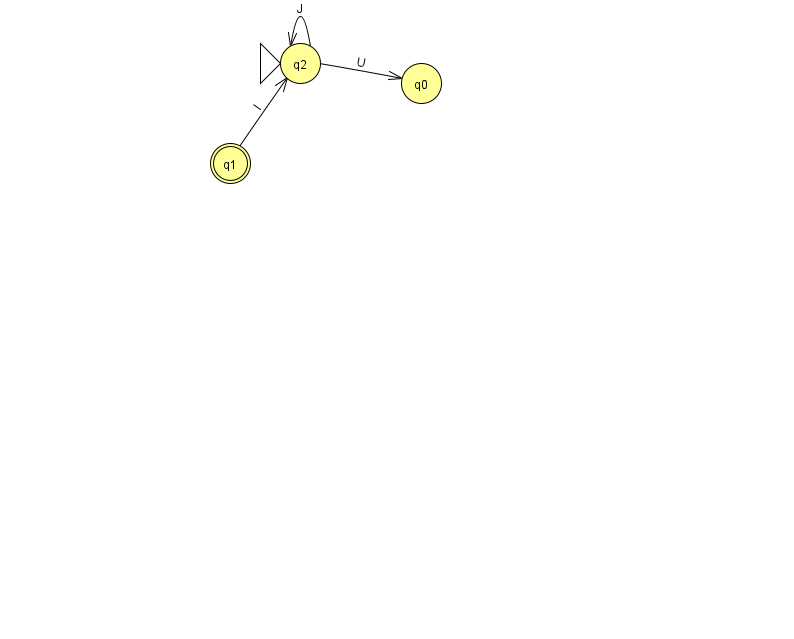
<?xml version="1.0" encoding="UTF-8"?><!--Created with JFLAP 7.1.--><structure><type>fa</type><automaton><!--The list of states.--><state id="0" name="q0"><x>421.0</x><y>70.0</y></state><state id="1" name="q1"><x>230.0</x><y>150.0</y><final/></state><state id="2" name="q2"><x>300.0</x><y>50.0</y><initial/></state><!--The list of transitions.--><transition><from>1</from><to>2</to><read>I</read></transition><transition><from>2</from><to>0</to><read>U</read></transition><transition><from>2</from><to>2</to><read>J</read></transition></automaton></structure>